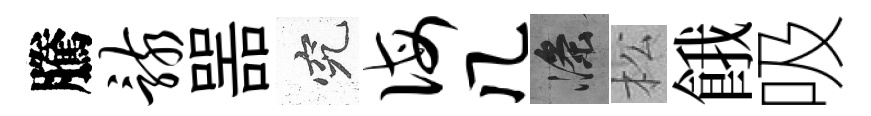
騰骸噐究诲几滌松餓吸